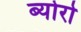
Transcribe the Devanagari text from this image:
ब्योरो